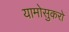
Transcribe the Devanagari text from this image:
यामोसुकरो